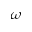
\boldsymbol { \omega }